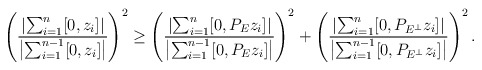
\begin{align*}\left(\frac{\left|\sum_{i=1}^n[0,z_i]\right|}{\left|\sum_{i=1}^{n-1}[0,z_i]\right|}\right)^2\ge\left(\frac{\left|\sum_{i=1}^n[0,P_Ez_i]\right|}{\left|\sum_{i=1}^{n-1}[0,P_Ez_i]\right|}\right)^2+\left(\frac{\left|\sum_{i=1}^n[0,P_{E^\bot}z_i]\right|}{\left|\sum_{i=1}^{n-1}[0,P_{E^\bot}z_i]\right|}\right)^2.\end{align*}